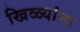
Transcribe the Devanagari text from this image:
खिळ्यांना